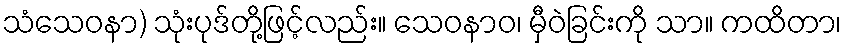
သံသေဝနာ) သုံးပုဒ်တို့ဖြင့်လည်း။ သေဝနာဝ၊ မှီဝဲခြင်းကို သာ။ ကထိတာ၊